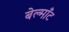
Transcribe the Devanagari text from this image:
बेल्माँट